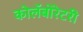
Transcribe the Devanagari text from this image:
कोलॅबोरेटरी